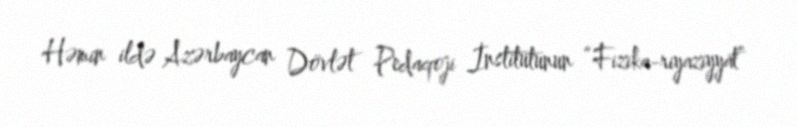
Həmin ildə Azərbaycan Dövlət Pedaqoji İnstitutunun “Fizika-riyaziyyat”